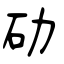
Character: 劯